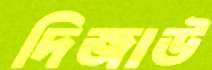
দিজাউ